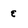
Character: e